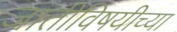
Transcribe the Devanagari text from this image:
जातीविषयीच्या